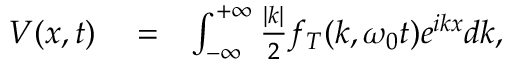
\begin{array} { r l r } { V ( x , t ) } & { { } = } & { \int _ { - \infty } ^ { + \infty } \frac { | k | } { 2 } f _ { T } ( k , \omega _ { 0 } t ) e ^ { i k x } d k , } \end{array}